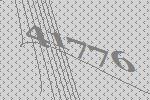
41776